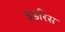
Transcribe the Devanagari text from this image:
इडरिस